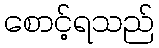
စောင့်ရသည်